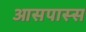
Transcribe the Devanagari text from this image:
आसपास्स